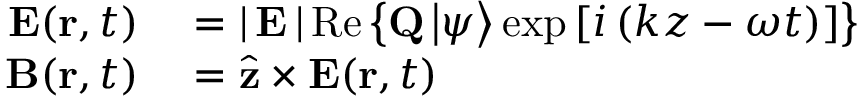
\begin{array} { r l } { \mathbf { E } ( \mathbf { r } , t ) } & { { } = \left| \, \mathbf { E } \, \right| \mathrm { R e } \left\{ \mathbf { Q } \left| \psi \right\rangle \exp \left[ i \left( k z - \omega t \right) \right] \right\} } \\ { \mathbf { B } ( \mathbf { r } , t ) } & { { } = { \hat { \mathbf { z } } } \times \mathbf { E } ( \mathbf { r } , t ) } \end{array}